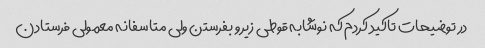
در توضیحات تاکید کردم که نوشابه قوطی زیرو بفرستن ولی متاسفانه معمولی فرستادن